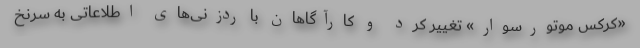
«کرکس موتورسوار» تغییر کرد و کارآگاهان با ردزنی‌های اطلاعاتی به سرنخ